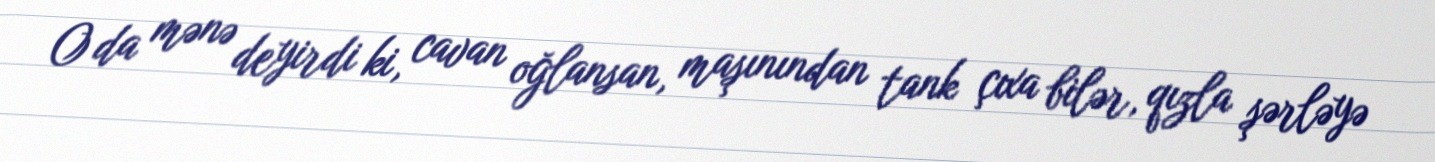
O da mənə deyirdi ki, cavan oğlansan, maşınından tank çıxa bilər, qızla şərləyə